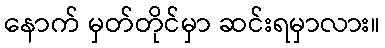
နောက် မှတ်တိုင်မှာ ဆင်းရမှာလား။